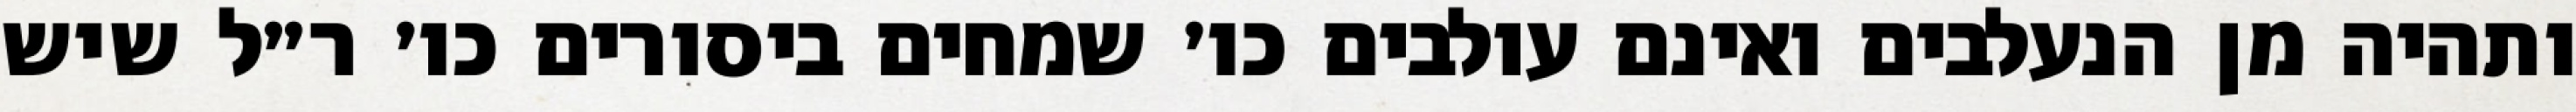
ותהיה מן הנעלבים ואינם עולבים כו׳ שמחים ביסורים כו׳ ר״ל שיש